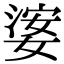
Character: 𡟖